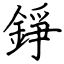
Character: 錚